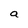
Character: a